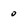
Character: 0